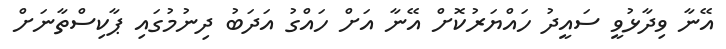
އޭނާ ވިދާޅުވީ ސައީދު ހައްޔަރުކޮށް އޭނާ އަށް ހައްގު އަދަބު ދިނުމުގައި ޕާކިސްތާނަށް